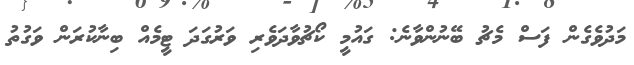
މަދުވެގެން ފަސް މެޗު ބޭނުންވާނެ: ގައުމީ ކޯޗުވާދަވެރި ވަރުގަދަ ޓީމެއް ބިނާކުރަން ވަގުތު